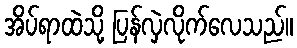
အိပ်ရာထဲသို့ ပြန်လှဲလိုက်လေသည်။